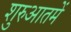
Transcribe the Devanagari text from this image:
शुरुआतमें